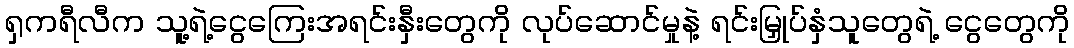
ရှကရီလီက သူ့ရဲ့ငွေကြေးအရင်းနှီးတွေကို လုပ်ဆောင်မှုနဲ့ ရင်းမြှုပ်နှံသူတွေရဲ့ ငွေတွေကို